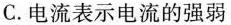
C.电流表示电流的强弱